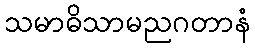
သမာဓိသာမညဂတာနံ